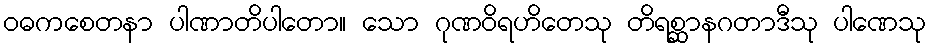
ဝဓကစေတနာ ပါဏာတိပါတော။ သော ဂုဏဝိရဟိတေသု တိရစ္ဆာနဂတာဒီသု ပါဏေသု